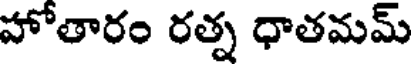
హోతారం రత్న ధాతమమ్